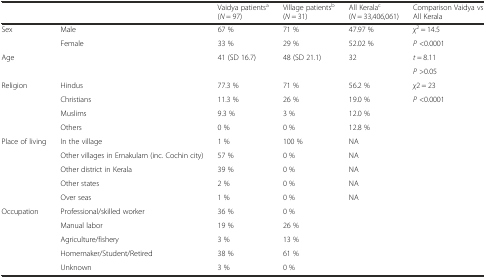
<table><thead><tr><td colspan="2"></td><td><b>Vaidya patients<sup>a</sup> (<i>N</i> = 97)</b></td><td><b>Village patients<sup>b</sup> (<i>N</i> = 31)</b></td><td><b>All Kerala<sup>c</sup> (<i>N</i> = 33,406,061)</b></td><td><b>Comparison Vaidya vs All Kerala</b></td></tr></thead><tbody><tr><td rowspan="2">Sex</td><td>Male</td><td>67 %</td><td>71 %</td><td>47.97 %</td><td><i>χ</i><sup>2</sup> = 14.5</td></tr><tr><td>Female</td><td>33 %</td><td>29 %</td><td>52.02 %</td><td><i>P</i> &lt;0.0001</td></tr><tr><td rowspan="2">Age</td><td rowspan="2"></td><td rowspan="2">41 (SD 16.7)</td><td rowspan="2">48 (SD 21.1)</td><td rowspan="2">32</td><td><i>t</i> = 8.11</td></tr><tr><td><i>P</i> &gt;0.05</td></tr><tr><td rowspan="4">Religion</td><td>Hindus</td><td>77.3 %</td><td>71 %</td><td>56.2 %</td><td><i>χ</i>2 = 23</td></tr><tr><td>Christians</td><td>11.3 %</td><td>26 %</td><td>19.0 %</td><td><i>P</i> &lt;0.0001</td></tr><tr><td>Muslims</td><td>9.3 %</td><td>3 %</td><td>12.0 %</td><td></td></tr><tr><td>Others</td><td>0 %</td><td>0 %</td><td>12.8 %</td><td></td></tr><tr><td rowspan="5">Place of living</td><td>In the village</td><td>1 %</td><td>100 %</td><td>NA</td><td></td></tr><tr><td>Other villages in Ernakulam (inc. Cochin city)</td><td>57 %</td><td>0 %</td><td>NA</td><td></td></tr><tr><td>Other district in Kerala</td><td>39 %</td><td>0 %</td><td>NA</td><td></td></tr><tr><td>Other states</td><td>2 %</td><td>0 %</td><td>NA</td><td></td></tr><tr><td>Over seas</td><td>1 %</td><td>0 %</td><td>NA</td><td></td></tr><tr><td rowspan="5">Occupation</td><td>Professional/skilled worker</td><td>36 %</td><td>0 %</td><td></td><td></td></tr><tr><td>Manual labor</td><td>19 %</td><td>26 %</td><td></td><td></td></tr><tr><td>Agriculture/fishery</td><td>3 %</td><td>13 %</td><td></td><td></td></tr><tr><td>Homemaker/Student/Retired</td><td>38 %</td><td>61 %</td><td></td><td></td></tr><tr><td>Unknown</td><td>3 %</td><td>0 %</td><td></td><td></td></tr></tbody></table>